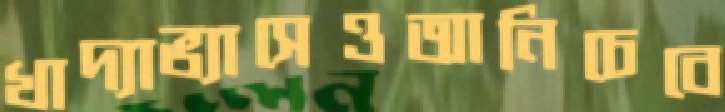
খাদ্যাভ্যাসেওআনিচেবে